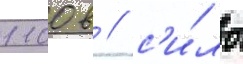
1100 в / с'и́лы